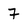
Character: 7